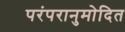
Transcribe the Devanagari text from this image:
परंपरानुमोदित